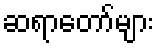
ဆရာတော်များ